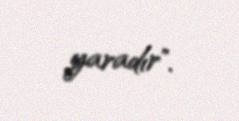
yaradır".